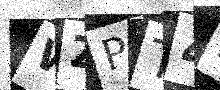
Text: WZPT42